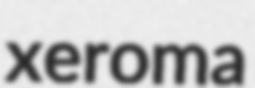
xeroma